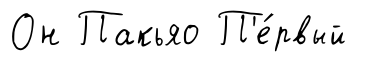
Он Пакьяо П'е́рвый